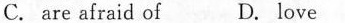
C. are afraid of D. love